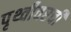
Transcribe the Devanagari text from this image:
पृथ्वीवरची